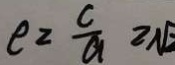
e \geq \frac { c } { a } \geq \sqrt { 2 }